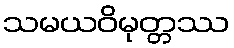
သမယဝိမုတ္တဿ